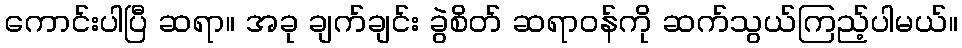
ကောင်းပါပြီ ဆရာ။ အခု ချက်ချင်း ခွဲစိတ် ဆရာဝန်ကို ဆက်သွယ်ကြည့်ပါမယ်။